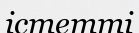
істетті